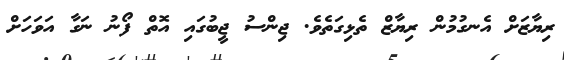
ރިޔާޒަށް އެނގުމުން ރިޔާޒް ތެޅިގަތެވެ. ޖިންސު ޖީބުގައި އޮތް ފޯނު ނަގާ އަވަހަށް